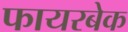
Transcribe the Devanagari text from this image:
फायरबेक